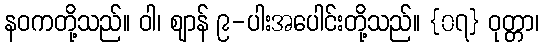
နဝကတို့သည်။ ဝါ၊ ဈာန် ၉-ပါးအပေါင်းတို့သည်။ {၀၇} ဝုတ္တာ၊